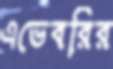
এভেবরির